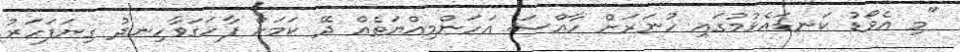
"މި އެވޯޑު ކަނޑައެޅުމުގައި ހުނަރަށް ހާއްސަ އަހަންމިއްޔަތެއް ދޭ ކަމަށް ފާހަގަވާހިނދު ގިނަފަަހަރު